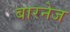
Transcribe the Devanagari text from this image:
बारनेज